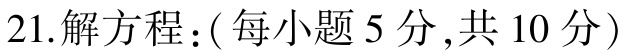
21.解方程：(每小题5分,共10分)